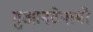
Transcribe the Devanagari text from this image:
गुआनटेनामो